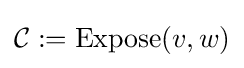
{\mathcal {C}}:=\mathrm {Expose} (v,w)